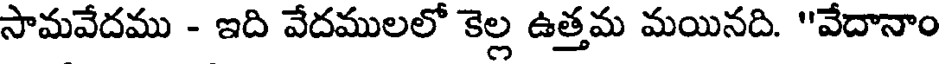
సామవేదము - ఇది వేదములలో కెల్ల ఉత్తమ మయినది. "'వేదానాం